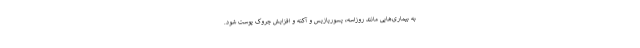
به بیماری‌هایی مانند روزاسه، پسوریازیس و آکنه و افزایش چروک پوست شود.